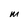
Character: M